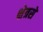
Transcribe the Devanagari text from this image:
क्षेत्रसे